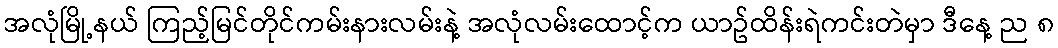
အလုံမြို့နယ် ကြည့်မြင်တိုင်ကမ်းနားလမ်းနဲ့ အလုံလမ်းထောင့်က ယာဥ်ထိန်းရဲကင်းတဲမှာ ဒီနေ့ ည ၈